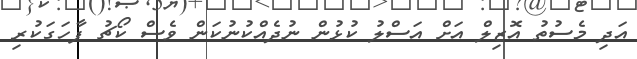
އަދި މެސުތު އޮޒިލް އަށް އަސްލު ކުޅުން ނުދެއްކުނުކަން ވެސް ކޯޗު ފާހަގަކުރި